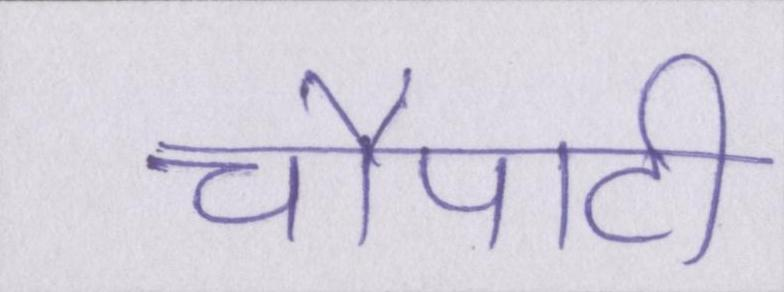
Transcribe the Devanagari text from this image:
चौपाटी